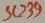
Text: SC239